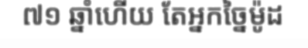
៧១ ឆ្នាំហើយ តែអ្នកច្នៃម៉ូដ